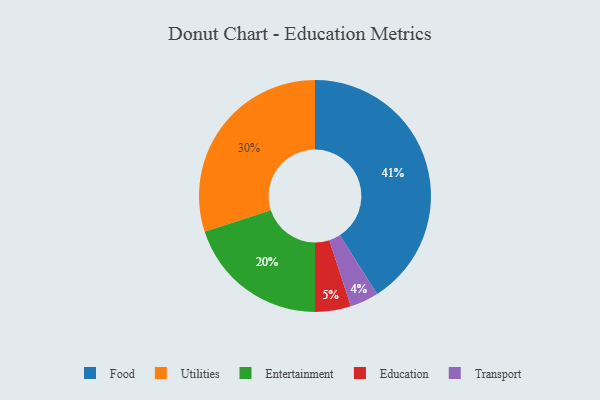
{"axis": {"x": "Category", "y": "Percentage"}, "legend": ["Education", "Entertainment", "Food", "Transport", "Utilities"], "data": [{"x": "Transport", "y": 4, "type": "Transport"}, {"x": "Education", "y": 5, "type": "Education"}, {"x": "Entertainment", "y": 20, "type": "Entertainment"}, {"x": "Food", "y": 41, "type": "Food"}, {"x": "Utilities", "y": 30, "type": "Utilities"}]}